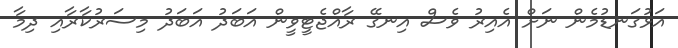
އަޅުގަނޑުމެން ނަށް އެއިރު ވެސް އިނގޭ ރާއްޖެޓީވީން އަބަދު އަބަދު މިސަރުކާރާއި ދިމާ